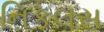
નિકલસ